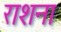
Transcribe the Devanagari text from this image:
राशना